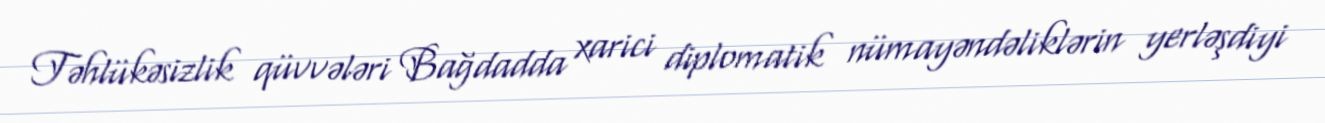
Təhlükəsizlik qüvvələri Bağdadda xarici diplomatik nümayəndəliklərin yerləşdiyi